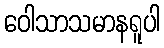
ဝေါသာသမာနရူပါ